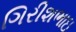
ગિરીશભાઇ